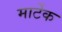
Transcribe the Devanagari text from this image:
मार्टेक